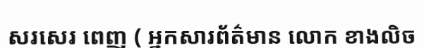
សរសេរ ពេញ ( អ្នកសារព័ត៌មាន លោក ខាងលិច